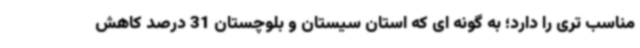
مناسب تری را دارد؛ به گونه ای که استان سیستان و بلوچستان 31 درصد کاهش